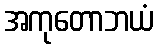
အကုတောဘယံ